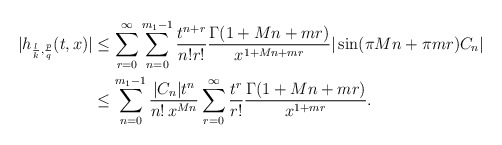
\begin{align*}|h_{\frac{l}{k}, \frac{p}{q}}(t, x)| &\leq \sum_{r=0}^{\infty}\sum_{n=0}^{m_{1}-1} \frac{t^{n+r}}{n! r!} \frac{\Gamma(1 + Mn + mr)}{x^{1+Mn + mr}} |\sin(\pi M n + \pi m r) C_{n}| \\& \leq \sum_{n=0}^{m_{1}-1} \frac{|C_{n}| t^{n}}{n!\, x^{M n}} \sum_{r=0}^{\infty} \frac{t^{r}}{r!} \frac{\Gamma(1 + M n + m r)}{x^{1 + mr}}.\end{align*}